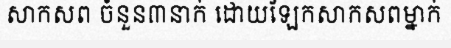
សាកសព ចំនួន៣នាក់ ដោយឡែកសាកសពម្នាក់